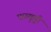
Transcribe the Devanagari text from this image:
पारुकुट्टी